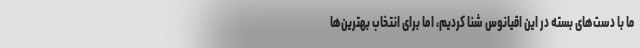
ما با دست‌های بسته در این اقیانوس شنا کردیم، اما برای انتخاب بهترین‌ها